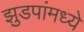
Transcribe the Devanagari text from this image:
झुडपांमध्ये